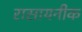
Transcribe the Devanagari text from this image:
रासायनीक